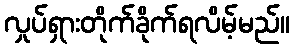
လှုပ်ရှားတိုက်ခိုက်ရလိမ့်မည်။